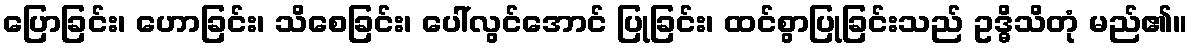
ပြောခြင်း၊ ဟောခြင်း၊ သိစေခြင်း၊ ပေါ်လွင်အောင် ပြုခြင်း၊ ထင်စွာပြုခြင်းသည် ဥဒ္ဓိသိတုံ မည်၏။